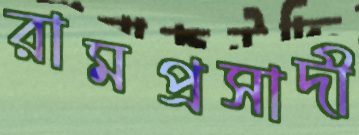
রামপ্রসাদী